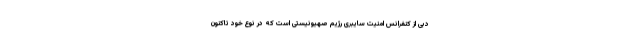
دبی از کنفرانس امنیت سایبری رژیم صهیونیستی است که در نوع خود تاکنون